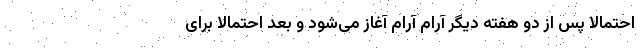
احتمالا پس از دو هفته دیگر آرام آرام آغاز می‌شود و بعد احتمالا برای